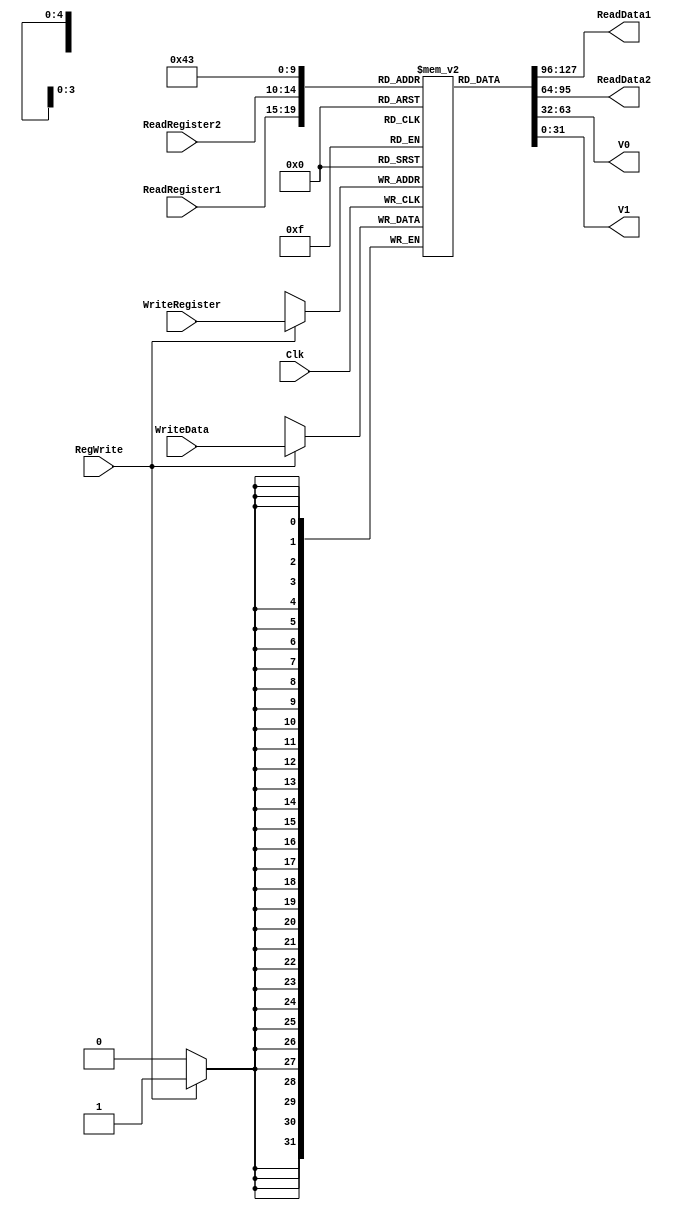
`timescale 1ns / 1ps

////////////////////////////////////////////////////////////////////////////////
// ECE369 - Computer Architecture
// 
//
//
// Student(s) Name and Last Name:
//      Eddie Richter
//      Hugo Valdez
//
// Module - register_file.v
// Description - Implements a register file with 32 32-Bit wide registers.
//
// 
// INPUTS:-
// ReadRegister1: 5-Bit address to select a register to be read through 32-Bit 
//                output port 'ReadRegister1'.
// ReadRegister2: 5-Bit address to select a register to be read through 32-Bit 
//                output port 'ReadRegister2'.
// WriteRegister: 5-Bit address to select a register to be written through 32-Bit
//                input port 'WriteRegister'.
// WriteData: 32-Bit write input port.
// RegWrite: 1-Bit control input signal.
//
// OUTPUTS:-
// ReadData1: 32-Bit registered output. 
// ReadData2: 32-Bit registered output. 
//
// FUNCTIONALITY:-
// 'ReadRegister1' and 'ReadRegister2' are two 5-bit addresses to read two 
// registers simultaneously. The two 32-bit data sets are available on ports 
// 'ReadData1' and 'ReadData2', respectively. 'ReadData1' and 'ReadData2' are 
// registered outputs (output of register file is written into these registers 
// at the falling edge of the clock). You can view it as if outputs of registers
// specified by ReadRegister1 and ReadRegister2 are written into output 
// registers ReadData1 and ReadData2 at the falling edge of the clock. 
//
// 'RegWrite' signal is high during the rising edge of the clock if the input 
// data is to be written into the register file. The contents of the register 
// specified by address 'WriteRegister' in the register file are modified at the 
// rising edge of the clock if 'RegWrite' signal is high. The D-flip flops in 
// the register file are positive-edge (rising-edge) triggered. (You have to use 
// this information to generate the write-clock properly.) 
//
// NOTE:-
// We will design the register file such that the contents of registers do not 
// change for a pre-specified time before the falling edge of the clock arrives 
// to allow for data multiplexing and setup time.
////////////////////////////////////////////////////////////////////////////////

module RegisterFile(
    ReadRegister1, 
    ReadRegister2, 
    WriteRegister, 
    WriteData, 
    RegWrite, 
    Clk, 
    ReadData1, 
    ReadData2, 
    V0, 
    V1
);
    
    input RegWrite, Clk;
	input[4:0] ReadRegister1, ReadRegister2, WriteRegister;
	input [31:0] WriteData;
	
	output reg [31:0] ReadData1;
	output reg [31:0] ReadData2;
	output reg [31:0] V0, V1;
	
	reg [5:0] i;
	reg [31:0] RegFile [31:0]; // contents of the reg file
	
	initial begin // initializing $0 register equal to zero
	   for(i = 6'd0; i < 6'd32; i = i + 1) begin
	       RegFile[i] <= 32'd0;
	   end
	   RegFile[29] <= 32'd4119;
	end
	
	always@(posedge Clk) begin // write procedure
	   if(RegWrite) begin
	       RegFile[WriteRegister] <= WriteData;
	   end
	end
	
	always@(*) begin // read procedure
        ReadData1 <= RegFile[ReadRegister1];
        ReadData2 <= RegFile[ReadRegister2];    
    end
    
	always@(*)begin
       V0 <= RegFile[5'd2];
       V1 <= RegFile[5'd3];
    end
    
endmodule